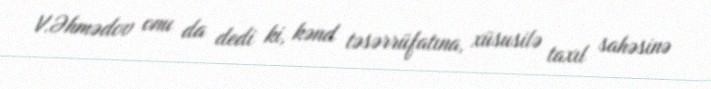
V.Əhmədov onu da dedi ki, kənd təsərrüfatına, xüsusilə taxıl sahəsinə